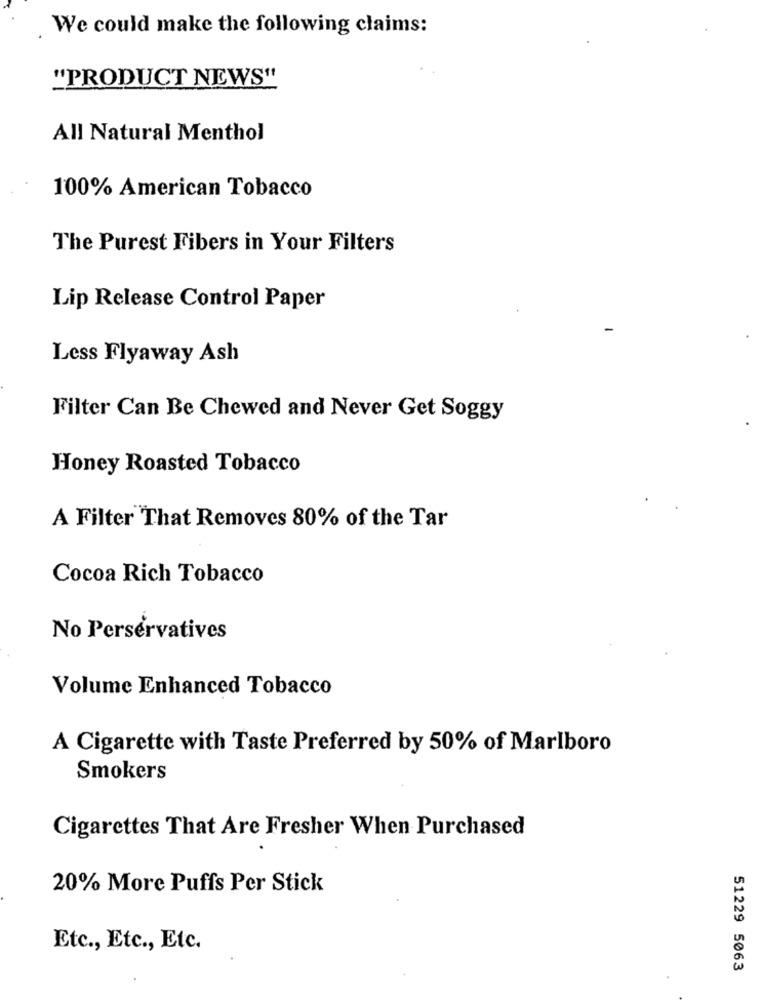
We could make the following claims:
"PRODUCT NEWS"
All Natural Menthol
100% American Tobacco
The Purest Fibers in Your Filters
Lip Release Control Paper
Less Flyaway Ash
Filter Can Be Chewed and Never Get Soggy
Honey Roasted Tobacco
A Filter That Removes 80% of the Tar
Cocoa Rich Tobacco
No Perservatives
Volume Enhanced Tobacco
A Cigarette with Taste Preferred by 50% of Marlboro
Smokers
Cigarettes That Are Fresher When Purchased
20% More Puffs Per Stick
Etc ., Etc ., Etc.
51229 5063